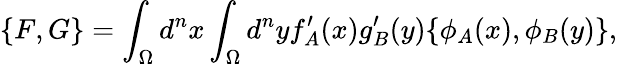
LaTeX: \{ F,G\} =\int_{\Omega}d^{n}x\int_{\Omega}d^{n}yf_{A}^{\prime}(x)g_{B}^{\prime}(y)\{ \phi_{A}(x),\phi_{B}(y)\} ,